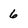
Character: 6